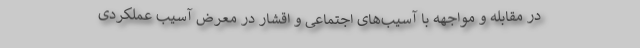
در مقابله و مواجهه با آسیب‌های اجتماعی و اقشار در معرض آسیب عملکردی